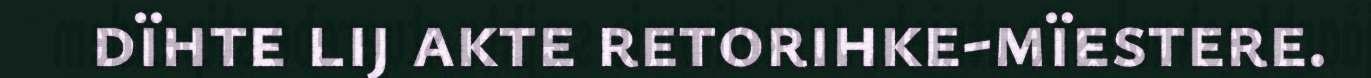
dïhte lij akte retorihke-mïestere.